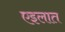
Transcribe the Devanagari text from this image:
एइलात